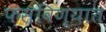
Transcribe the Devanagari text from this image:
फसविण्यात